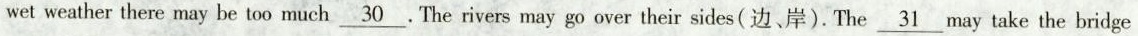
wet weather there may be too much \underline{30} . The rivers may go over their sides(边、岸).The \underline{30} may take the bridge